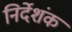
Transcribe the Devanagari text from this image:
निर्देशंक